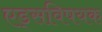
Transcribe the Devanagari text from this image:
एड्‌सविषयक